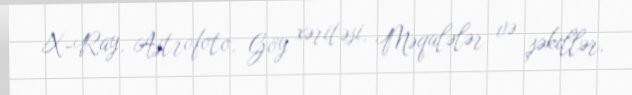
X-Ray, Astrofoto, Göy xəritəsi, Məqalələr və şəkillər.